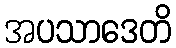
အပသာဒေတိ